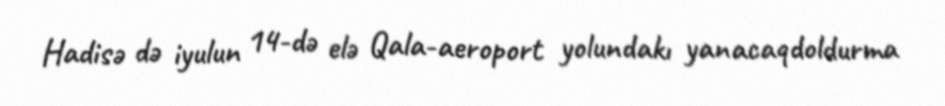
Hadisə də iyulun 14-də elə Qala-aeroport yolundakı yanacaqdoldurma